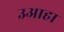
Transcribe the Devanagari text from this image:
उआहा